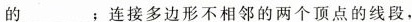
的___；连接多边形不相邻的两个顶点的线段，